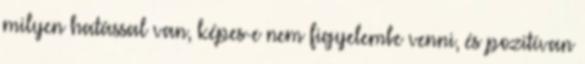
milyen hatással van, képes-e nem figyelembe venni, és pozitívan